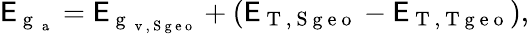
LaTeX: \mathsf{E}_{\mathrm{{~g~}}_{\mathrm{{~a~}}}}=\mathsf{E}_{\mathrm{{~g~}}_{\mathrm{{~v~,~S~g~e~o~}}}}+(\mathsf{E}_{\mathrm{{~T~,~S~g~e~o~}}}-\mathsf{E}_{\mathrm{{~T~,~T~g~e~o~}}}),